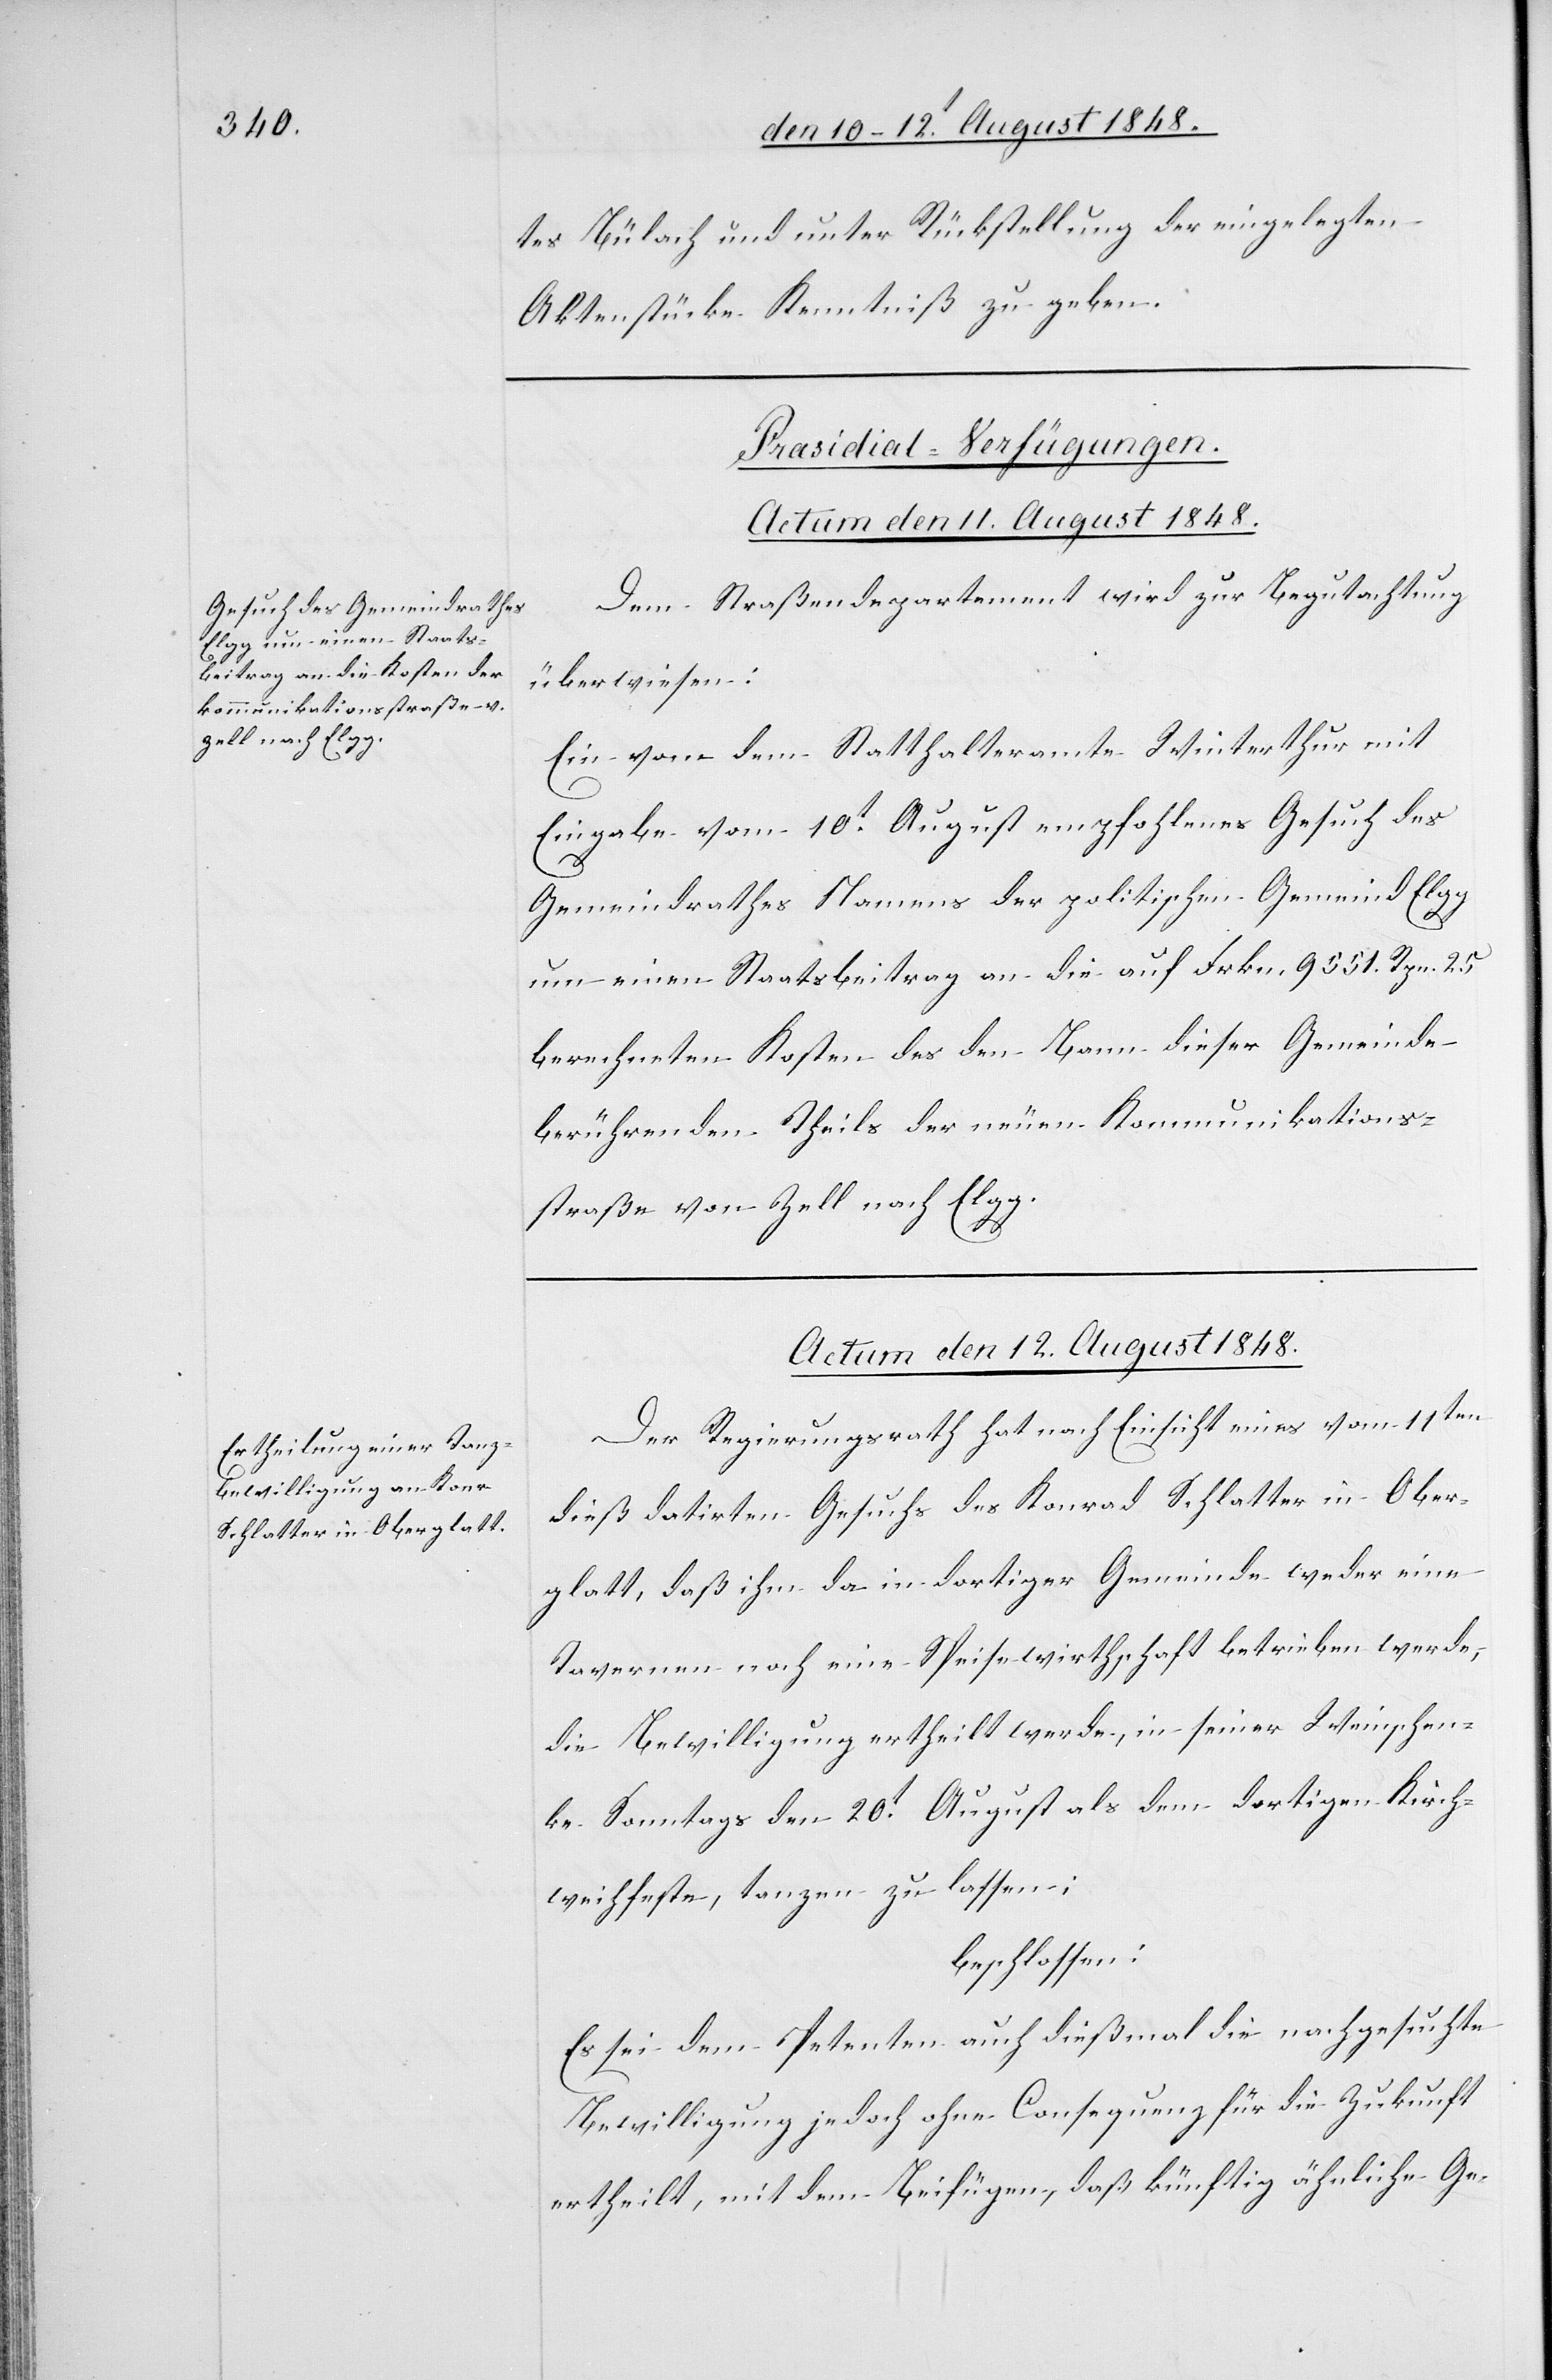
tes Bülach und unter Rückstellung der eingelegten
Aktenstücke Kenntniß zu geben.
[Präsidial-Verfügungen.]
Actum den 11. August 1848.
Dem Straßendepartement wird zur Begutachtung
überwiesen:
Ein vom dem [sic!] Statthalteramte Winterthur mit
Eingabe vom 10t August empfohlenes Gesuch des
Gemeindrathes Namens der politischen Gemeind Elgg
um einen Staatsbeitrag an die auf Frkn. 9551. Rpn. 25.
berechneten Kosten des den Bann dieser Gemeinde
berührenden Theils der neuen Kommunikations¬
straße von Zell nach Elgg.
Actum den 12. August 1848.
Der Regierungsrath hat nach Einsicht eines vom 11ten
dieß datirten Gesuchs des Konrad Schlatter in Ober¬
glatt, daß ihm da in dortiger Gemeinde weder eine
Tavernen noch eine Speisewirthschaft betrieben werde,
die Bewilligung ertheilt werde, in seiner Weinschen¬
ke Sonntags den 20t August als dem dortigen Kirch¬
weihfeste, tanzen zu lassen:
beschlossen:
Es sei dem Petenten auch dießmal die nachgesuchte
Bewilligung jedoch ohne Consequenz für die Zukunft
ertheilt, mit dem Beifügen, daß künftig ähnliche Ge-